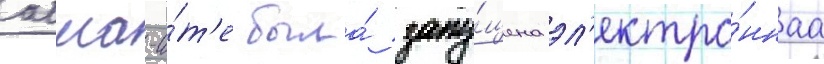
алма-а́т'е была́ запу́щена эл'ектро́ннаа